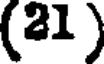
(21)